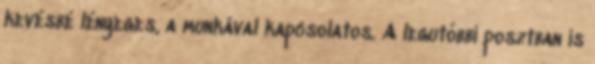
kevésbé lényeges, a munkával kapcsolatos. A legutóbbi posztban is